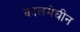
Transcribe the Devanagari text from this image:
कालमेघीन